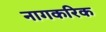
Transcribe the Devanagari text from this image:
नागकरिक